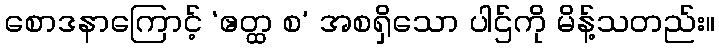
စောဒနာကြောင့် ‘ဧတ္ထ စ’ အစရှိသော ပါဌ်ကို မိန့်သတည်း။